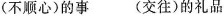
(不顺心)的事 (交往)的礼品